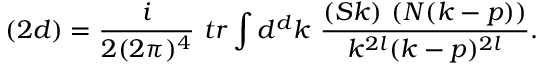
( 2 d ) = \frac { i } { 2 ( 2 \pi ) ^ { 4 } } \ t r \int d ^ { d } k \ \frac { ( S k ) \ ( N ( k - p ) ) } { k ^ { 2 l } ( k - p ) ^ { 2 l } } .